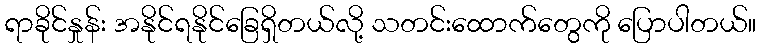
ရာခိုင်နှုန်း အနိုင်ရနိုင်ခြေရှိတယ်လို့ သတင်းထောက်တွေကို ပြောပါတယ်။